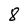
Character: 8